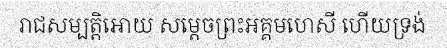
រាជសម្បត្តិអោយ សម្តេចព្រះអគ្គមហេសី ហើយទ្រង់